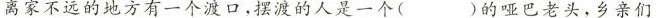
离家不远的地方有一个渡口，摆渡的人是一个 () 的哑巴老头，乡亲们